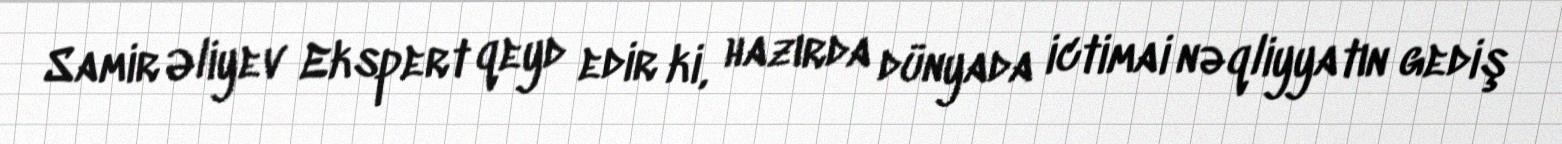
Samir Əliyev Ekspert qeyd edir ki, hazırda dünyada ictimai nəqliyyatın gediş